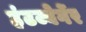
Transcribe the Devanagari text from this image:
हंटज्बेर्गेर